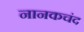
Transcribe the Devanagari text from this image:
नानकचंद